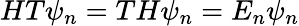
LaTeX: HT\psi_{n}=TH\psi_{n}=E_{n}\psi_{n}